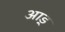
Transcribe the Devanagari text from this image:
आड्